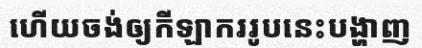
ហើយចង់ឲ្យកីឡាកររូបនេះបង្ហាញ